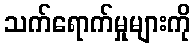
သက်ရောက်မှုများကို